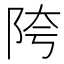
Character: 陓